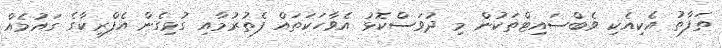
ތަފާތު އެކިއެކި ވެބްސައިޓްތަކުން މި ދުވަސްކޮޅު އެވާހަކަތައް ފެތުރުމާއި ގުޅިގެން އެފްރިކާގެ ގައުމެއް